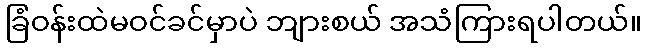
ခြံဝန်းထဲမဝင်ခင်မှာပဲ ဘျားစယ် အသံကြားရပါတယ်။